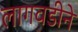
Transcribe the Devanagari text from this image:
लागवडीने